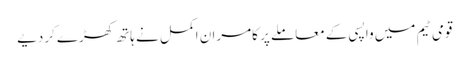
قومی ٹیم میں واپسی کے معاملے پر کامران اکمل نے ہاتھ کھڑے کردیے